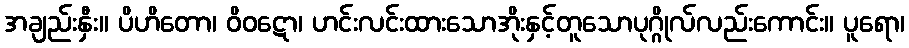
အချည်းနှီး။ ပိဟိတော၊ ဝိဝဋော၊ ဟင်းလင်းထားသောအိုးနှင့်တူသောပုဂ္ဂိုလ်လည်းကောင်း။ ပူရော၊